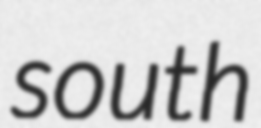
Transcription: south